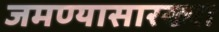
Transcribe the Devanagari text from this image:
जमण्यासारख्या